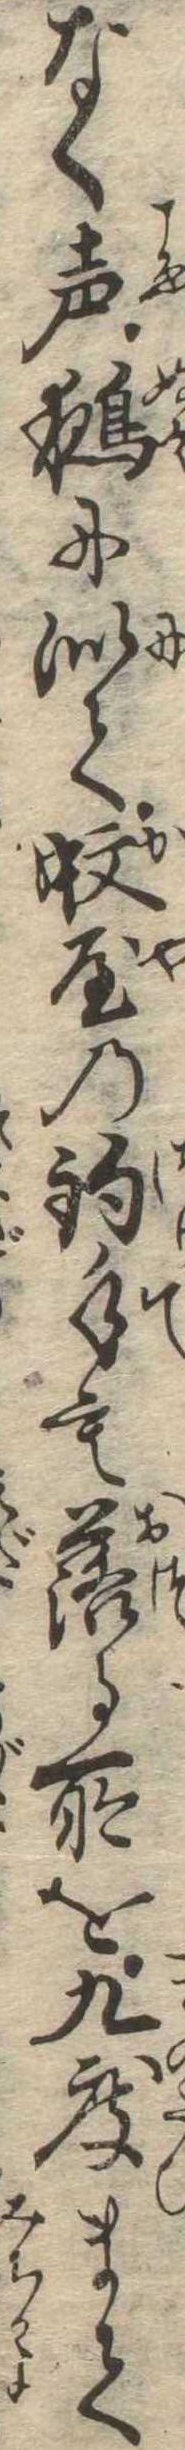
なく声鵺に似て蚊屋の釣手も落る所を九度まて